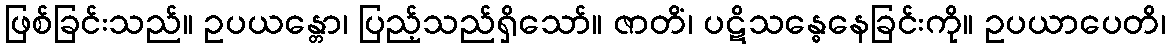
ဖြစ်ခြင်းသည်။ ဥပယန္တော၊ ပြည့်သည်ရှိသော်။ ဇာတိံ၊ ပဋိသန္ဓေနေခြင်းကို။ ဥပယာပေတိ၊